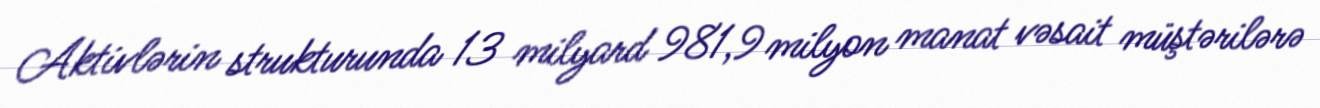
Aktivlərin strukturunda 13 milyard 981,9 milyon manat vəsait müştərilərə